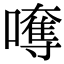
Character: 𡁯